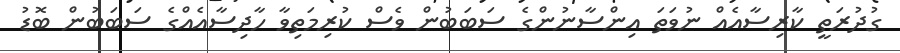
ގުދުރަތީ ކާރިސާއެއް ނުވަތަ އިންސާނުންގެ ސަބަބުން ވެސް ކުރިމަތިވާ ހާދިސާއެއްގެ ސަބަބުން ބޮޑު